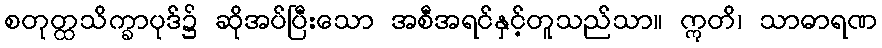
စတုတ္ထသိက္ခာပုဒ်၌ ဆိုအပ်ပြီးသော အစီအရင်နှင့်တူသည်သာ။ ဣတိ၊ သာဓာရဏ